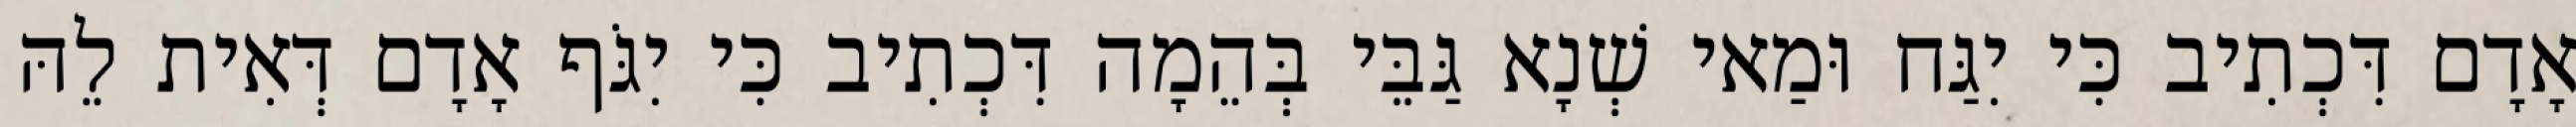
אָדָם דִּכְתִיב כִּי יִגַּח וּמַאי שְׁנָא גַּבֵּי בְּהֵמָה דִּכְתִיב כִּי יִגֹּף אָדָם דְּאִית לֵהּ